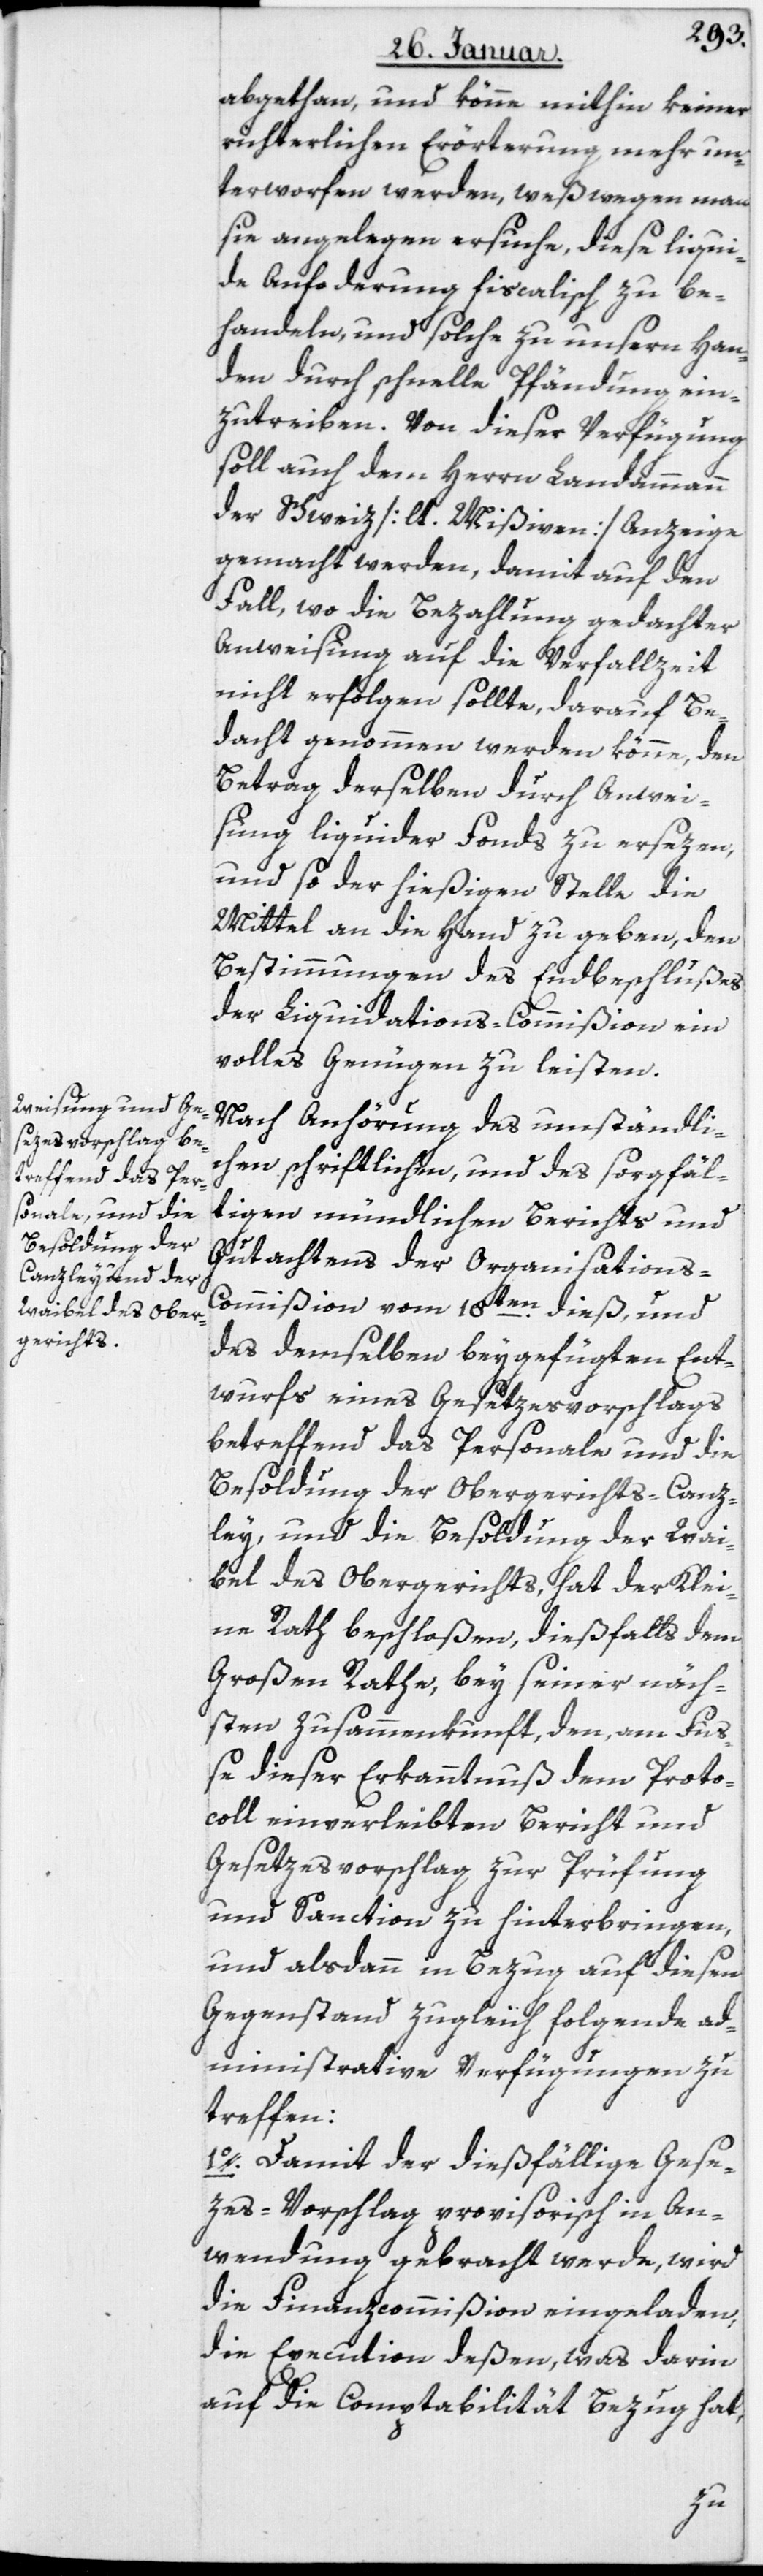
abgethan, und könne mithin keiner
richterlichen Erörterung mehr un¬
terworfen werden, weßwegen man
sie angelegen ersuche, diese liqui¬
de Anforderung fiscalisch zu be¬
handeln, und solche zu unsern Han¬
den durch schnelle Pfändung ein¬
zutreiben. Von dieser Verfügung
soll auch dem Herrn Landammann
der Schweiz [lt. Mißiven] Anzeige
gemacht werden, damit auf den
Fall, wo die Bezahlung gedachter
Anweisung auf die Verfallzeit
nicht erfolgen sollte, darauf Be¬
dacht genommen werden könne, den
Betrag derselben durch Anwei¬
sung liquider Fonds zu ersezen,
und so der hießigen Stelle die
Mittel an die Hand zu geben, den
Bestimmungen des Endbeschlußes
der Liquidations-Commißion ein
volles Genügen zu leisten.
Nach Anhörung des umständli¬
chen schriftlichen, und des sorgfäl¬
tigen mündlichen Berichts und
Gutachtens der Organisation¬
s-Commißion vom 18ten dieß, und
des demselben beygefügten Ent¬
wurfs eines Gesetzesvorschlags
betreffend das Personale und die
Besoldung der Obergerichts-Canz¬
ley, und die Besoldung der Wai¬
bel des Obergerichts, hat der Klei¬
ne Rath beschloßen, dießfalls dem
Großen Rathe, bey seiner näch¬
sten Zusammenkunft, den am Fu¬
ße dieser Erkanntnuß dem Proto¬
coll einverleibten Bericht und
Gesetzesvorschlag zu Prüfung
und Sanction zu hinterbringen,
und alsdann in Bezug auf diesen
Gegenstand zugleich folgende ad¬
ministrative Verfügungen zu
treffen:
1. Damit der dießfällige Gese¬
zes-Vorschlag provisorisch in An¬
wendung gebracht werde, wird
die Finanzcommißion eingeladen,
die Execution deßen, was darin
auf die Comptabilität Bezug hat,